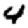
Digit: 4